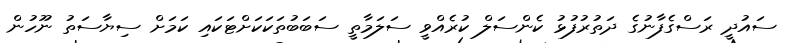
ސައުދީ ރަސްގެފާނުގެ ދަތުރުފުޅު ކެންސަލް ކުރެއްވީ ސަލަމާތީ ސަބަބުތަކަކަށްޓަކައި ކަމަށް ސިޔާސަތު ނޫހުން